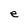
Character: e